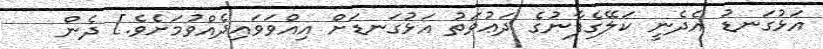
އަޅުގަނޑު އެދެނީ ކަލޭގެފާނުގެ ދަޢުވަތު އަޅުގަނޑަށް އިއްވަވައިދެއްވުމަށެވެ.] ދެން